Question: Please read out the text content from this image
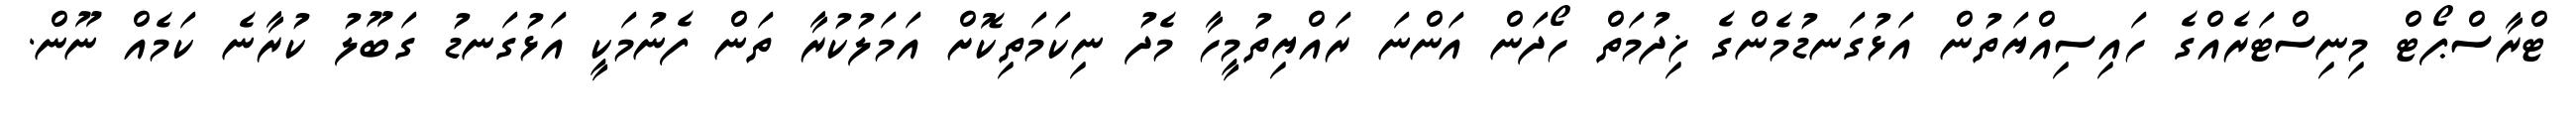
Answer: ޓްރާސްޕޯޓް މިނިސްޓަރެއްގެ ހައިސިއްޔަތުން އަޅުގަނޑުމެންގެ ޚިދުމަތް ހޯދަން އަންނަ ރައްޔިތުމީހާ މެދު ނިކަމަތިކޮށް އަމަލުކުރާ ތަން ފެނުމަކީ އަޅުގަނޑު ގަބޫލު ކުރާނެ ކަމެއް ނޫން.